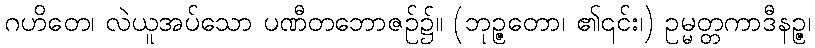
ဂဟိတေ၊ လဲယူအပ်သော ပဏီတဘောဇဉ်၌။ (ဘုဉ္ဇတော၊ ၏၎င်း၊) ဥမ္မတ္တကာဒီနဉ္ဇ၊